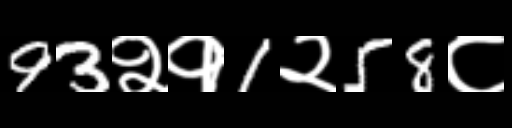
Text: 93२१1२58८